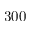
3 0 0